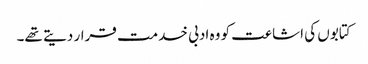
کتابوں کی اشاعت کو وہ ادبی خدمت قرار دیتے تھے۔